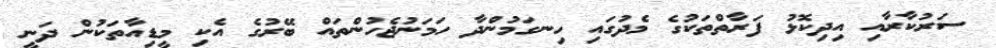
ސަރުކާރާއި އިދިކޮޅު ފަރާތްތަކުގެ މެދުގައި ހިނގަމުންދާ ހަމަނުޖެހުންތައް ބޭރުގެ އެކި މީޑިއާތަކުން ދަނީ